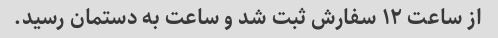
از ساعت ۱۲ سفارش ثبت شد و ساعت به دستمان رسید.